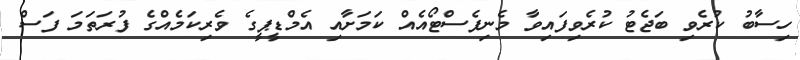
ހިސާބު ކުރެވި ބަޖެޓު ކުރެވިފައިވާ މެނިފެސްޓޯއެއް ކަމަށާއި އެމްޑީޕީގެ ވެރިކަމެއްގެ ފުރަތަމަ ފަސް